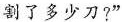
割了多少刀?”